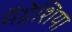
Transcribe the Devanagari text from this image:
मॅग्नेशिया